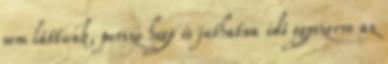
sem láttunk, persze hogy is juthatna idő egyszerre az